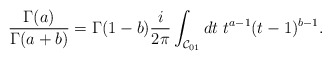
\begin{align*}\frac{\Gamma(a)}{\Gamma(a+b)} = \Gamma(1-b)\frac{i}{2\pi}\int_{{\cal C}_{01}} dt\ t^{a-1} (t-1)^{b-1}.\end{align*}